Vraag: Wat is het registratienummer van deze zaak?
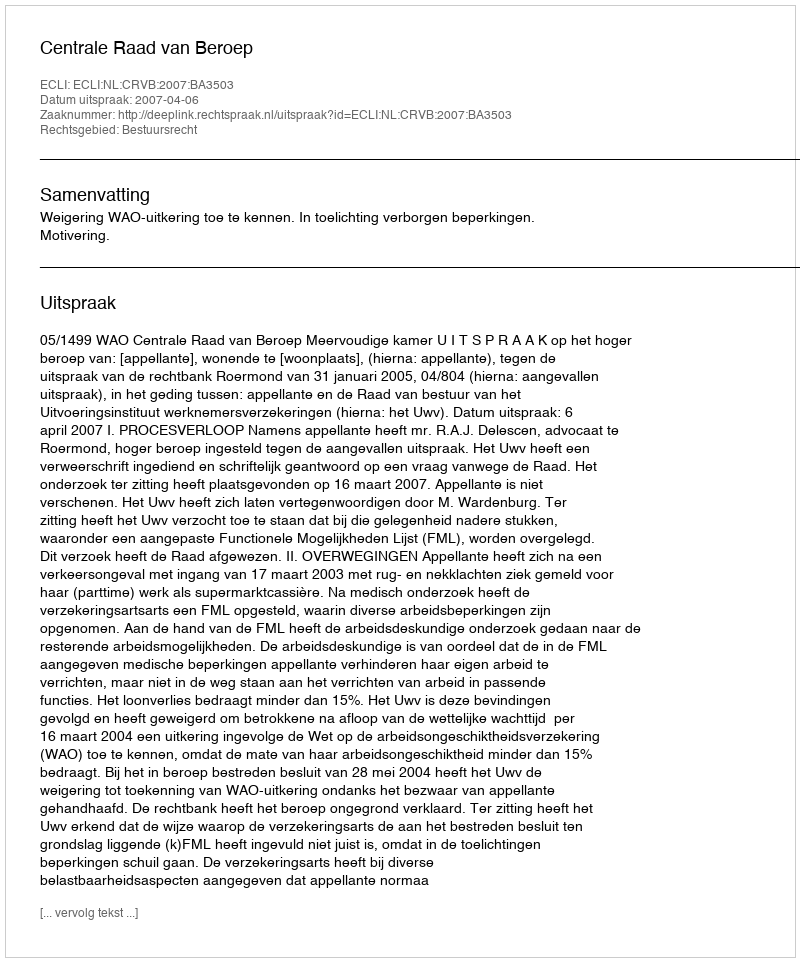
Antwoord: http://deeplink.rechtspraak.nl/uitspraak?id=ECLI:NL:CRVB:2007:BA3503